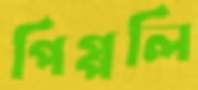
পিপ্পলি